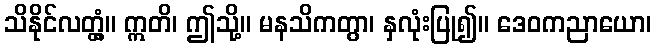
သိနိုင်လတ္တံ့။ ဣတိ၊ ဤသို့။ မနသိကတွာ၊ နှလုံးပြု၍။ ဒေဝကညာယော၊